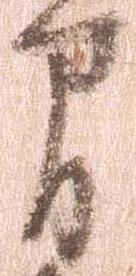
間